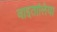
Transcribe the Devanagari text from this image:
वाइतालिया